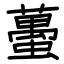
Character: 蠆